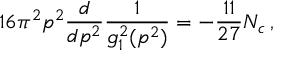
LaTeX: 1 6 \pi ^ { 2 } p ^ { 2 } { \frac { d } { d p ^ { 2 } } } { \frac { 1 } { g _ { 1 } ^ { 2 } ( p ^ { 2 } ) } } = - { \frac { 1 1 } { 2 7 } } N _ { c } \, ,